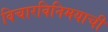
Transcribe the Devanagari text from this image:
विचारविनिमयाची